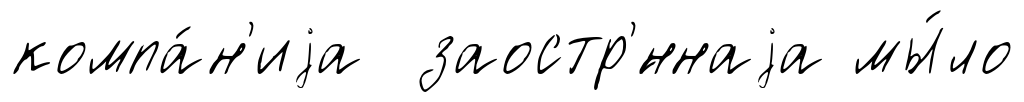
компа́н'иjа заостр'́ннаjа мы́ло